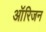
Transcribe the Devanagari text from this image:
आॅरिजन